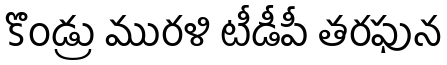
కొండ్రు మురళి టీడీపీ తరఫున